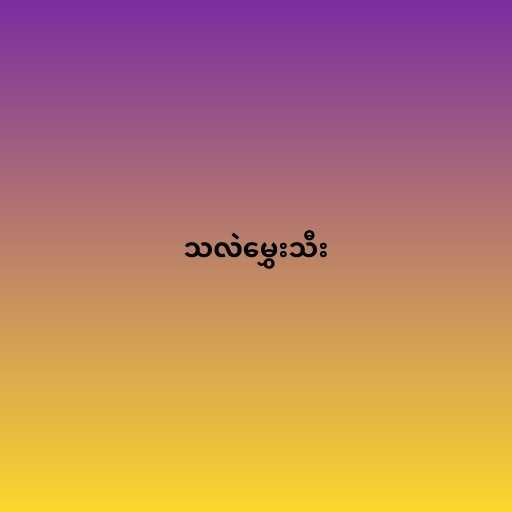
သလဲမွှေးသီး